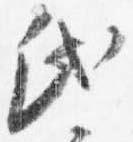
氏